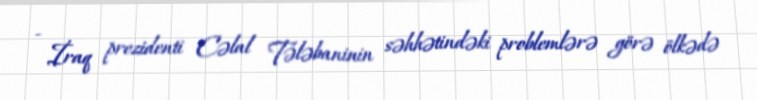
- İraq prezidenti Cəlal Tələbaninin səhhətindəki problemlərə görə ölkədə